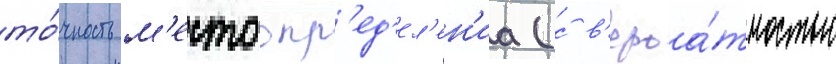
то́чность м'естоопр'ед'ел'ен'иа (с в'ероа́тностью